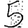
Digit: 5